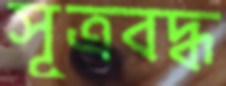
সূত্রবদ্ধ